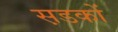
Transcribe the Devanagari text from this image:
स़डकों